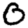
Digit: 0